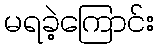
မရခဲ့ကြောင်း